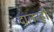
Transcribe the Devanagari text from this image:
दालनही